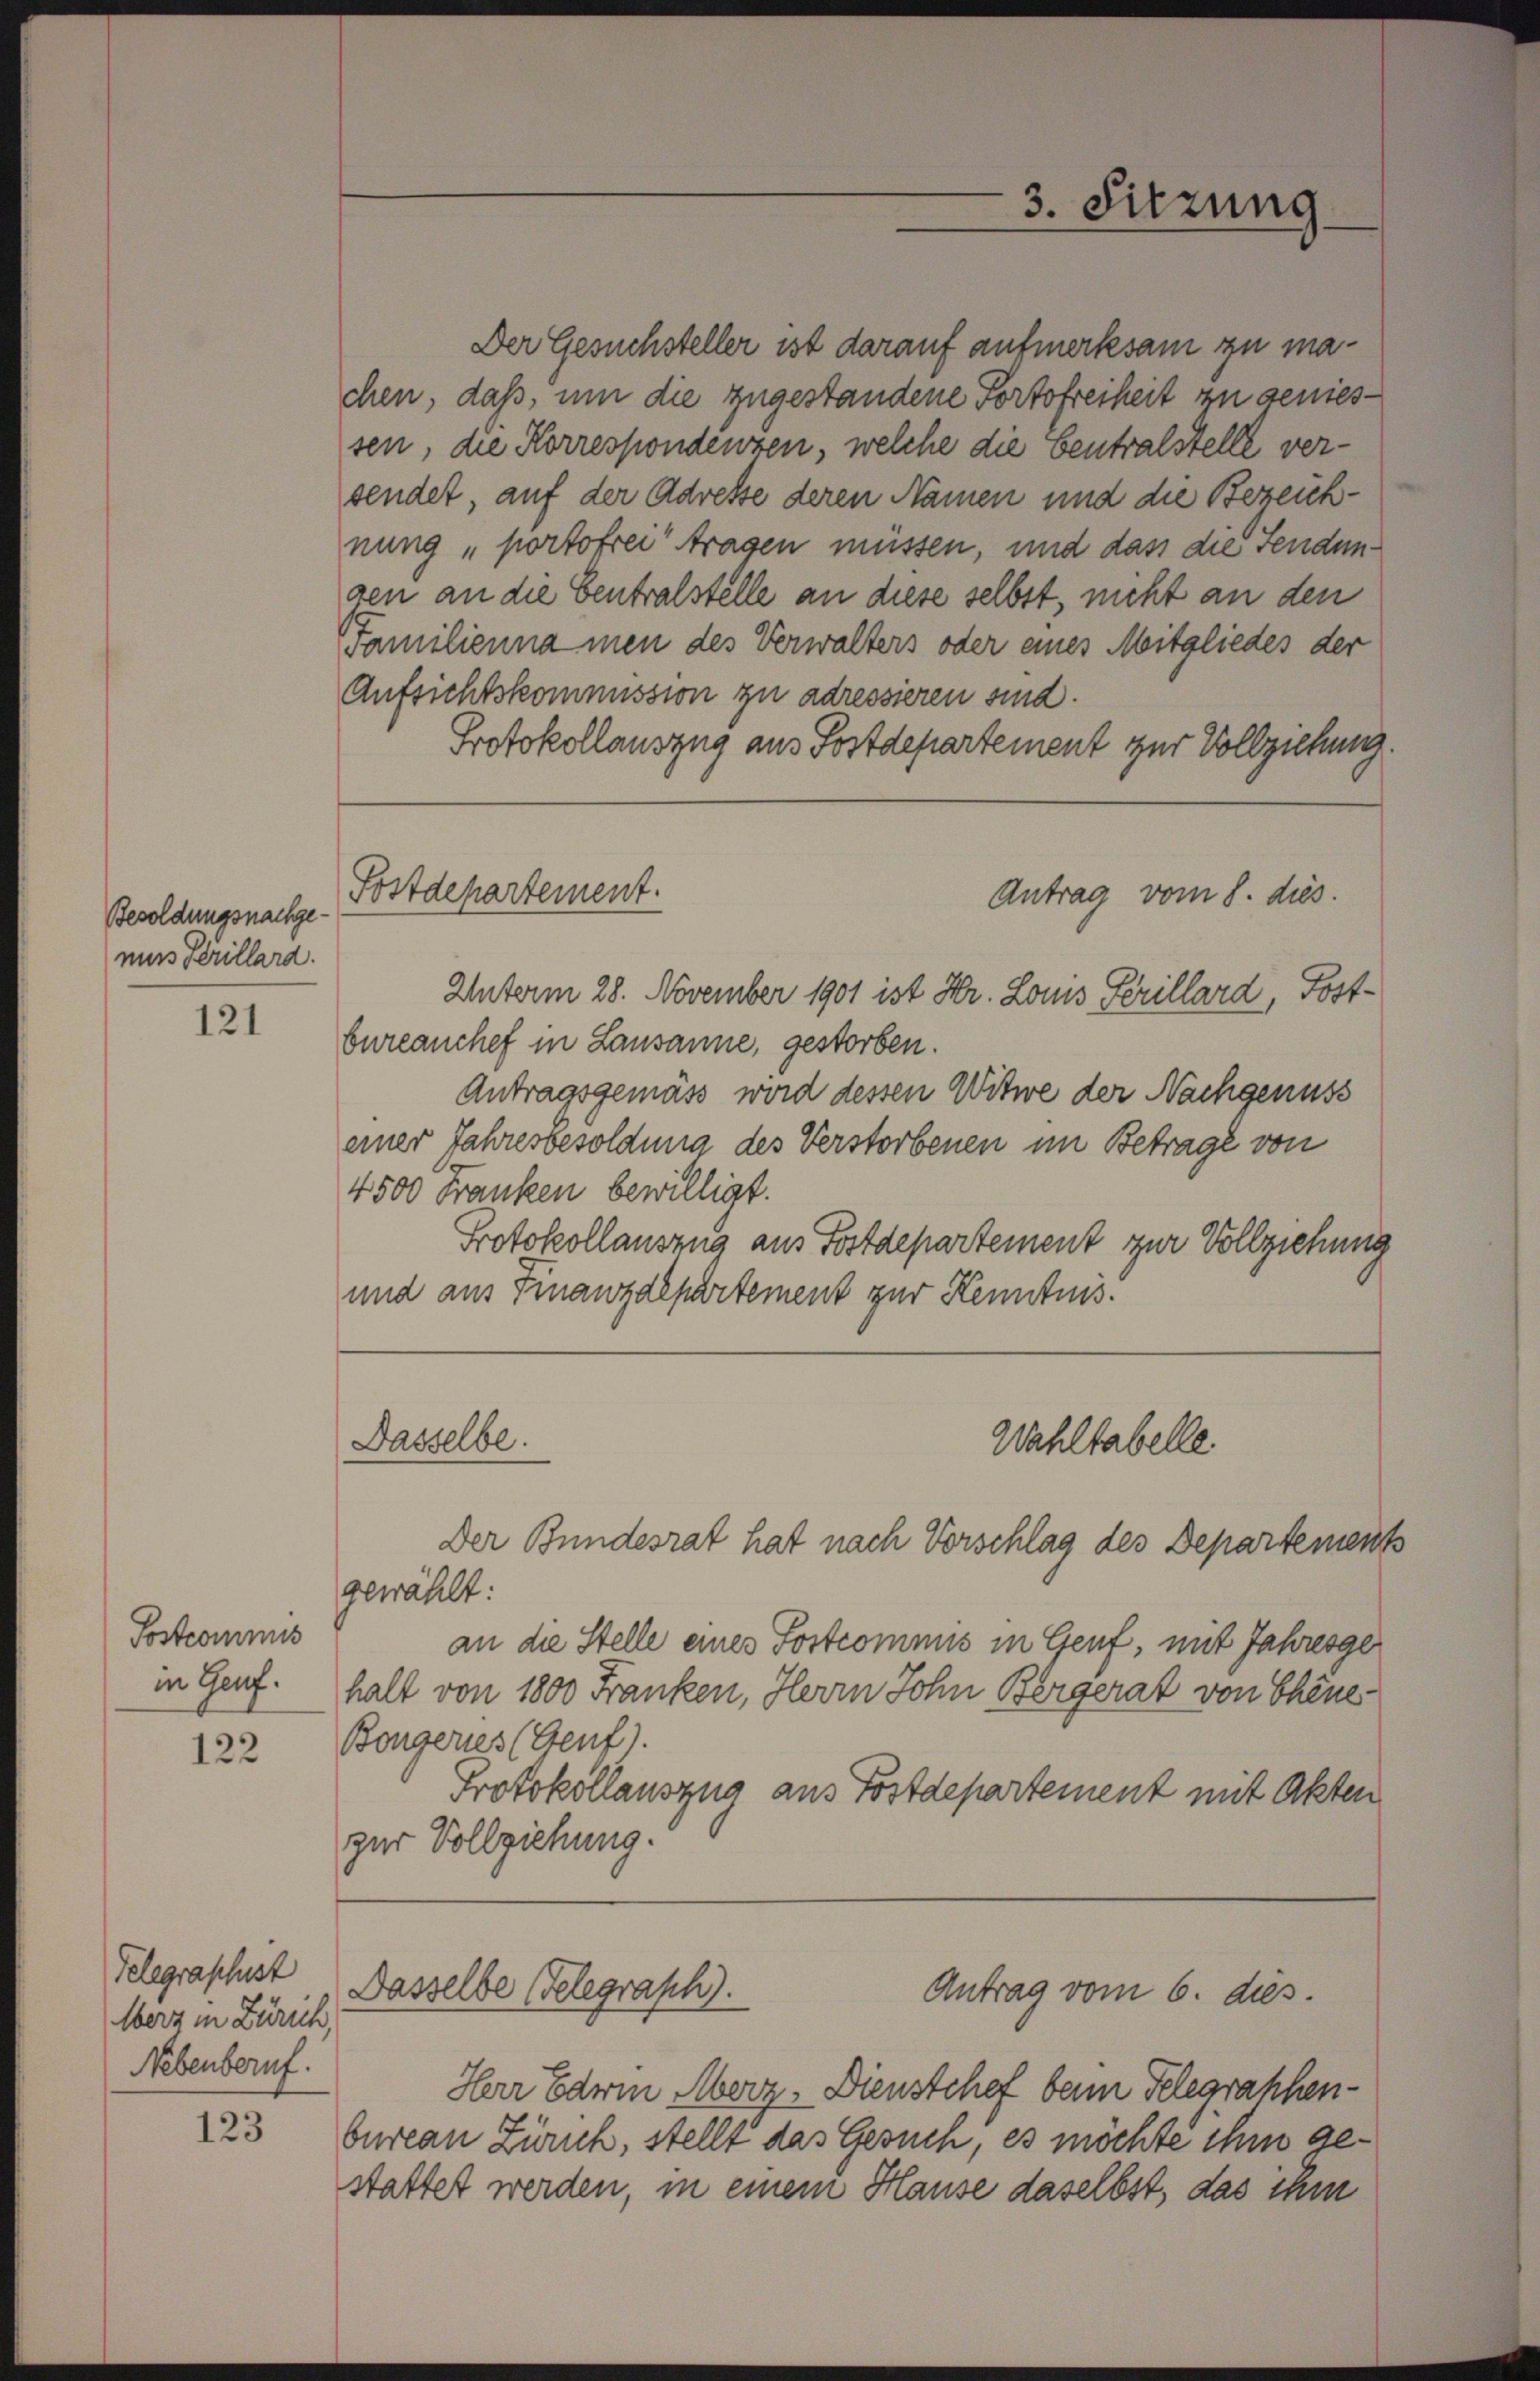
Besoldungsnachgemuns Kerillard.

121

Postcommis
in Genf.

122

Telegraphust
Merz in Zürich,
Nebenberuf.

123

Fostdepartement.

Der Gesuchsteller ist darauf aufmerksam zu machen, daß, um die zugestandene Portofreiheit zu geniessen, die Korrespondenzen, welche die Centralstelle versendet, auf der Adresse deren Namen und die Bezeichnung „portofrei tragen müssen, und dass die Sendungen an die Centralstelle an diese selbst, nicht an den
Familienna men des Verwalters oder eines Mitgliedes der
Aufsichtskommission zu adressieren sind.
Protokollauszug aus Postdepartement zur Vollziehung.
Antrag vom 8. dies
Unterm 28. November 1901 ist Hr. Louis Perillard, Postbureauchef in Lausanne, gestorben.
Antragsgemäss wird dessen Witwe der Nachgenuss
einer Jahresbesoldung des Verstorbenen im Betrage von
4500 Franken bewilligt.
Protokollauszug aus Postdepartement zur Vollziehung
und aus Finanzdepartement zur Kenntnis.
Dasselbe.
Wahltabelle.
Der Bundesrat hat nach Vorschlag des Departements
gewählt:
an die Stelle eines Postcommis in Genf, mit Jahresgehalt von 1800 Franken, Herrn John Bergerat von Chene
Bongeres (Genf).
Protokollauszug aus Postdepartement mit Akten
zur Vollziehung.

Dasselbe Gelegraph).

3. Sitzung

Antrag vom 6. dies.

Herr Ederin Merz, Dienstchef beim Telegraphenbureau Zürich, stellt das Gesuch, es möchte ihm gestattet werden, in einem Hause daselbst, das ihm